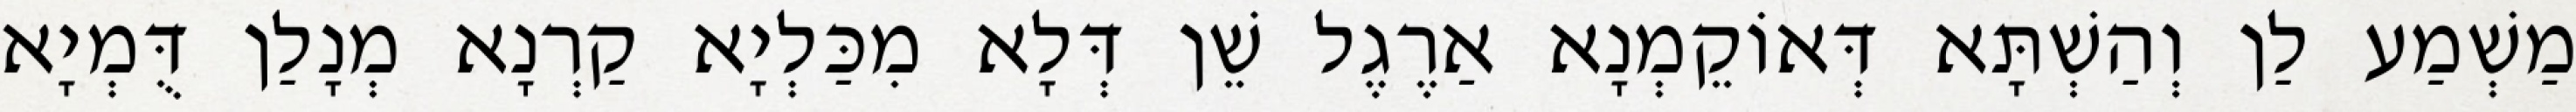
מַשְׁמַע לַן וְהַשְׁתָּא דְּאוֹקֵמְנָא אַרֶגֶל שֵׁן דְּלָא מִכַּלְיָא קַרְנָא מְנָלַן דֻּמְיָא